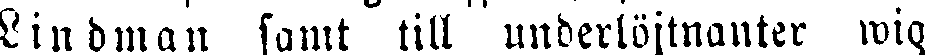
Lindman samt till underlöjtnanter wig